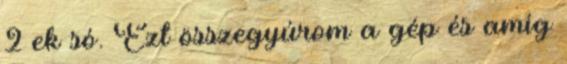
2 ek só. Ezt összegyúrom a gép és amíg